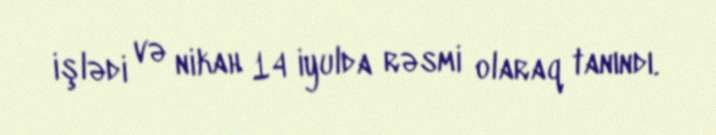
işlədi və nikah 14 iyulda rəsmi olaraq tanındı.